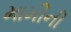
મામીની